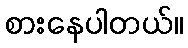
စားနေပါတယ်။